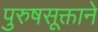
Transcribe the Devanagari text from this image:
पुरुषसूक्ताने